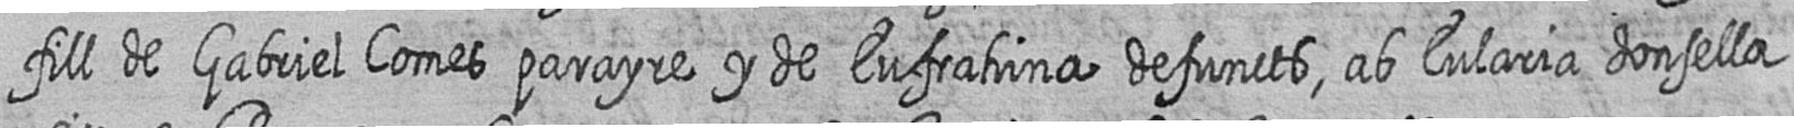
fill de Gabriel Comes parayre y de Eufrahina defuncts ab Eularia donsella